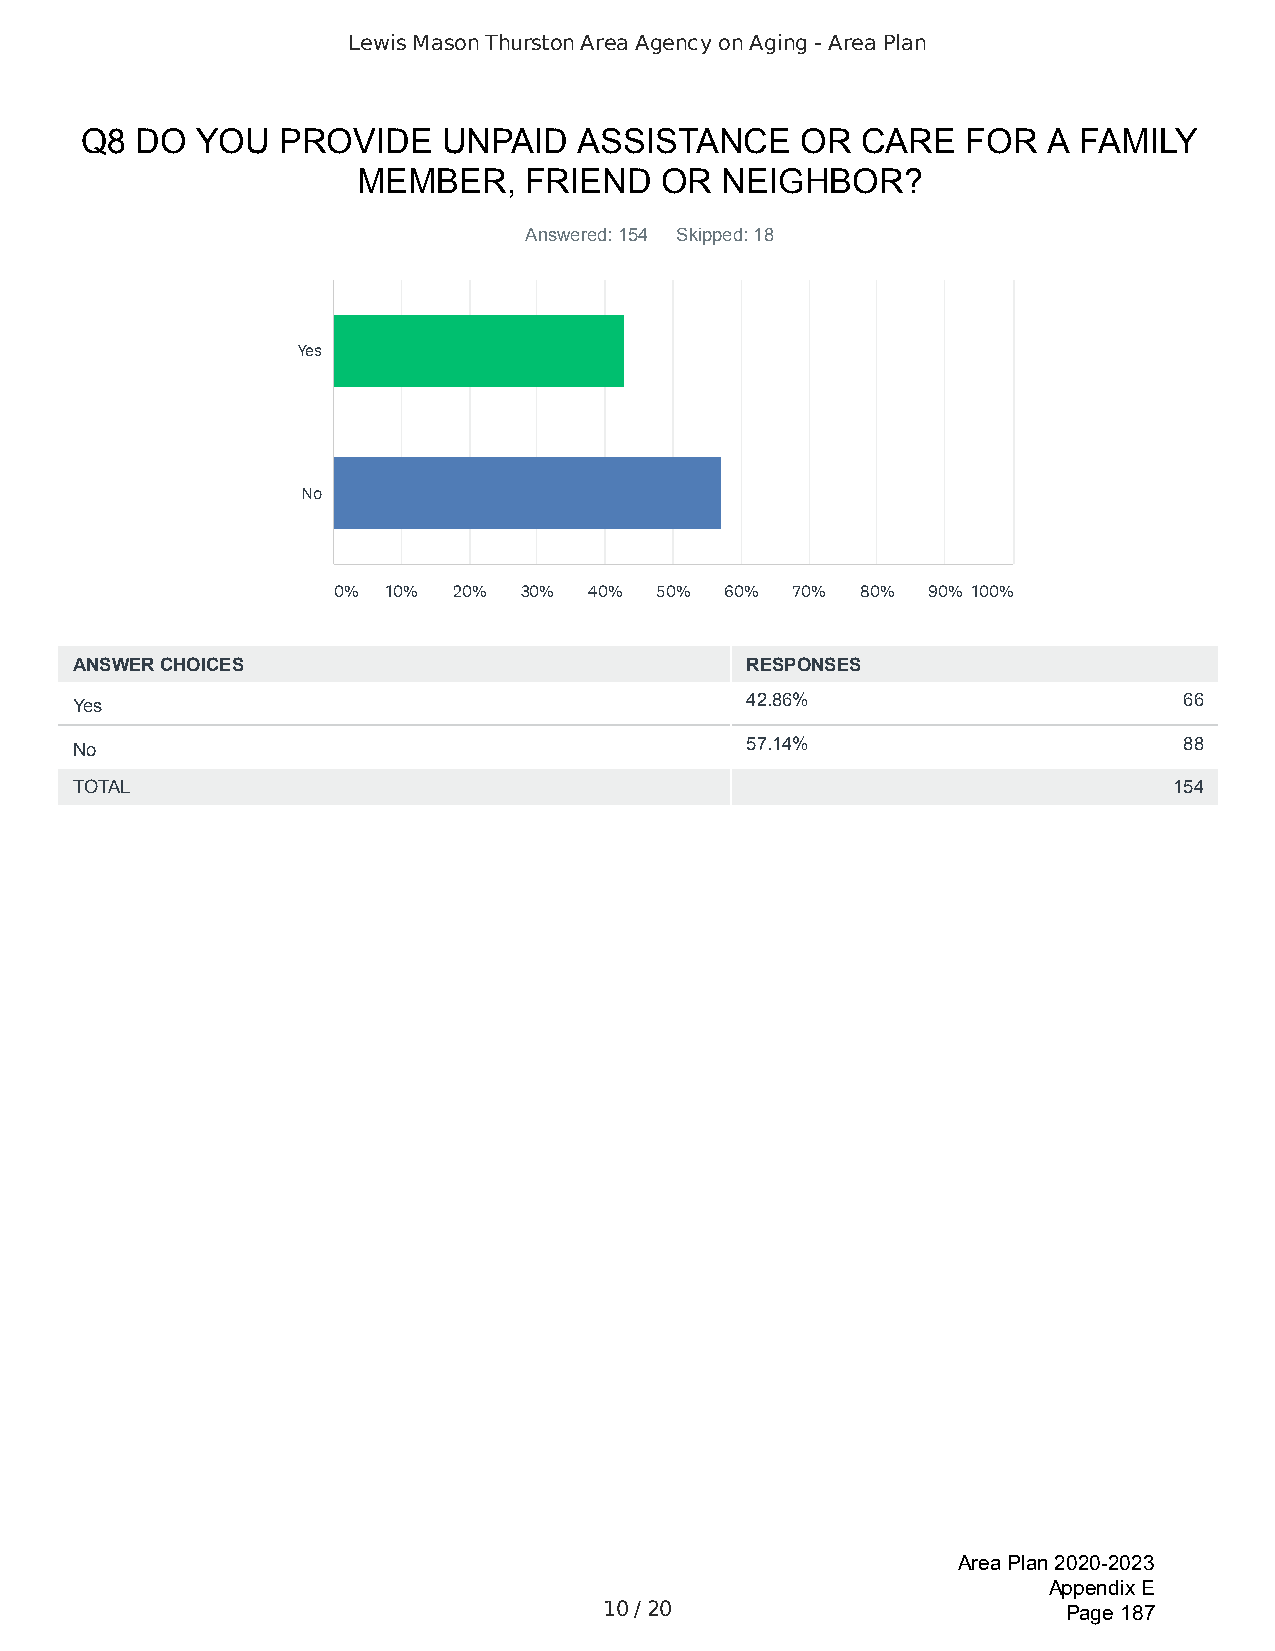
Lewis Mason Thurston Area Agency on Aging - Area Plan
 Q8  DO  YOU   PROVIDE   UNPAID   ASSISTANCE     OR  CARE   FOR  A  FAMILY
 MEMBER,    FRIEND   OR  NEIGHBOR?
 Answered: 154 Skipped: 18
 Yes
 No
 0%  10% 20%  30% 40% 50%  60%  70% 80% 90% 100%
 ANSWER CHOICES                              RESPONSES
 Yes                                         42.86%                       66
 No                                          57.14%                       88
 TOTAL                                                                    154
 Area Plan 2020-2023
 Appendix E
 10 / 20                        Page 187